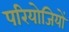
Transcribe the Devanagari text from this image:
परियोजियों